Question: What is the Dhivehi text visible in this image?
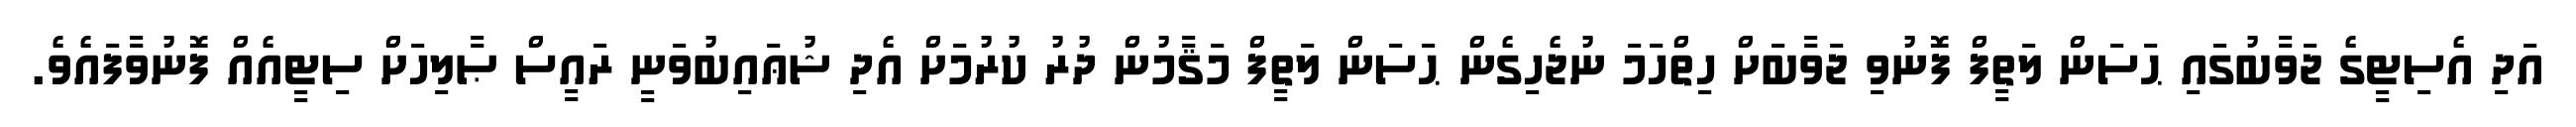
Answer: އަދި އެސިޓީގެ ޖަވާބުގައި ޙަސަން ލަތީފް ފޮނުވި ޖަވާބަށް ހިތްހަމަ ނުޖެހިގެން ޙަސަން ލަތީފް މަޤާމުން ދުރު ކުރުމަށް އެދި ޝުޢައިބުވަނީ ރައީސް ޞާލިހަށް ސިޓީއެއް ފޮނުވާފައެވެ.